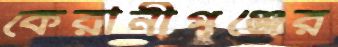
কেরানীগঞ্জের